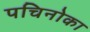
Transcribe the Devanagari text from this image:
पचिनोका